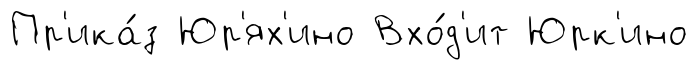
Пр'ика́з Юр'ях'ино Вхо́д'ит Юрк'ино